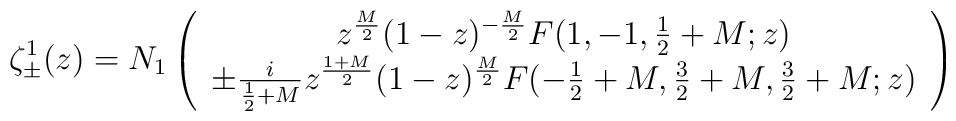
\zeta_\pm^1(z)=N_1\left(\begin{array}{c}z^{\frac{M}{2}}(1-z)^{-\frac{M}{2}}F(1,-1,\frac{1}{2}+M;z) \\\pm \frac{i}{\frac{1}{2}+M}z^{\frac{1+M}{2}}(1-z)^{\frac{M}{2}}F(-\frac{1}{2}+M,\frac{3}{2}+M,\frac{3}{2}+M;z)\\\end{array}\right)